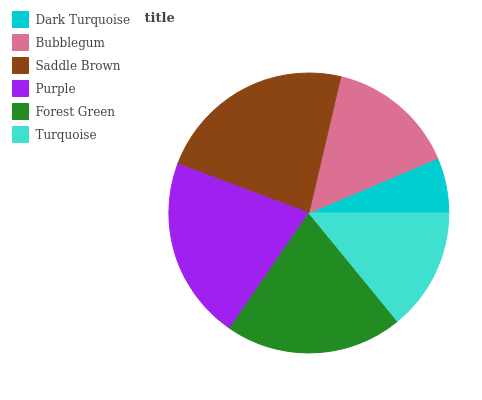
| Dark Turquoise | Bubblegum | Saddle Brown | Purple | Forest Green | Turquoise |
 | --- | --- | --- | --- | --- | --- |
 | 6.38% | 14.9% | 22.9% | 21.2% | 20.5% | 14.1% |